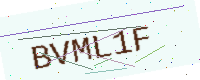
Text: BVML1F